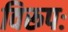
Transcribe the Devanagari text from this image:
विरूपः